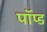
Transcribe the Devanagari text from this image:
पॉप्ड